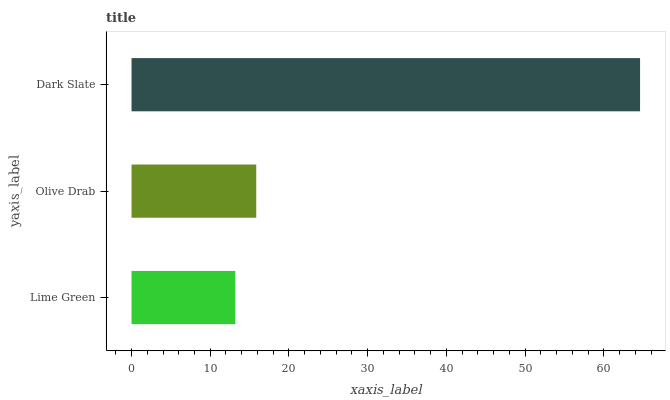
| yaxis_label | bars |
 | --- | --- |
 | Lime Green | 13.2 |
 | Olive Drab | 15.8 |
 | Dark Slate | 64.6 |